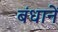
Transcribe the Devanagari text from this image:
बंधानें